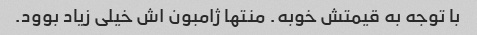
با توجه به قیمتش خوبه. منتها ژامبون اش خیلی زیاد بوود.